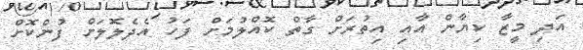
އަދި މީޒާ ކިޔާން އާއި އިތުރަށް ގާތް ކޮއްލުމަށް ފަހު އެދެލޮލަށް ފުންކޮށް